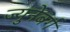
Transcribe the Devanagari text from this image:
ज्युनेबर्ग